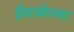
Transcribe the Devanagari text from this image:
ईसाबेल्ला